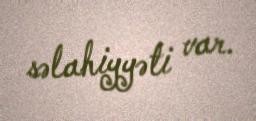
səlahiyyəti var.